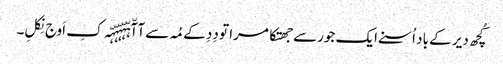
کُچھ دیر کے باد اُسنے ایک جورسے جھتکا مرا تو دِدِ کے مُہ سے آآّہّہّہّہّہّہ کِ اَوج نِکلِ۔